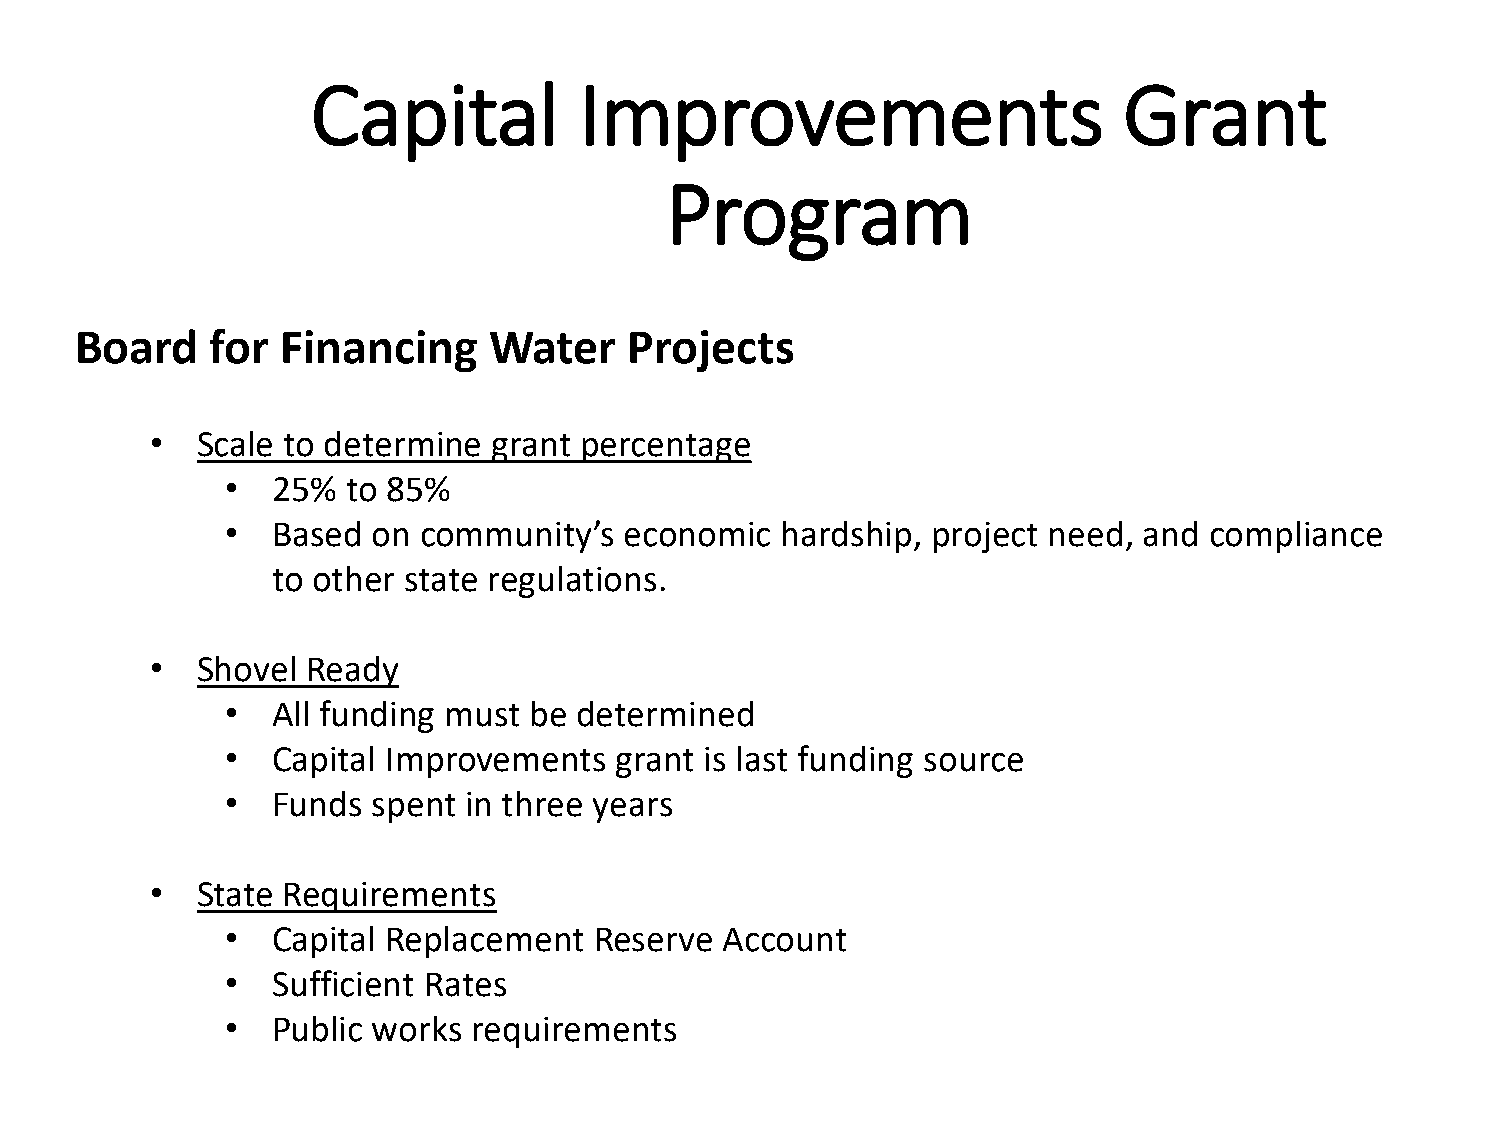
Capital          Improvements                        Grant
 Program
 Board    for  Financing    Water     Projects
 •  Scale to determine  grant percentage
 •  25%  to 85%
 •  Based  on community’s  economic   hardship, project need, and compliance
 to other state regulations.
 •  Shovel Ready
 •  All funding must be determined
 •  Capital Improvements   grant is last funding source
 •  Funds  spent in three years
 •  State Requirements
 •  Capital Replacement  Reserve  Account
 •  Sufficient Rates
 •  Public works requirements